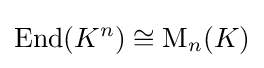
\operatorname {End} (K^{n})\cong \mathrm {M} _{n}(K)